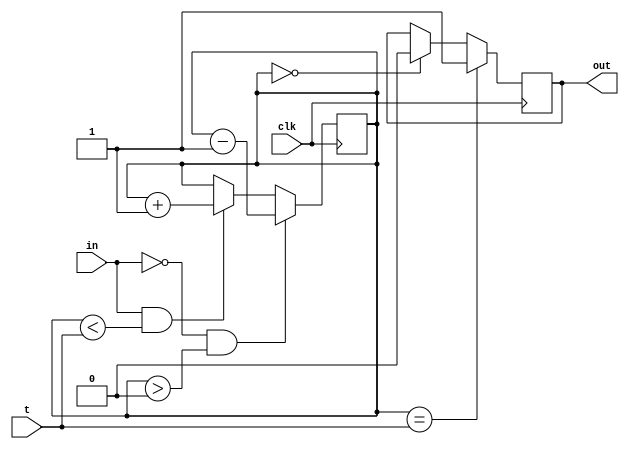
module debouncer (
  input clk, in, 
  input [3:0] t,
  output reg [0:0] out
);

reg [3:0] counter;

always @(posedge clk) begin
  if (in == 1 && counter < t) counter <= counter + 1;
  if (in == 0 && counter > 0) counter <= counter - 1;
  if (counter == 0) out[0] = 0;
  if (counter == t) out[0] = 1;
end


endmodule